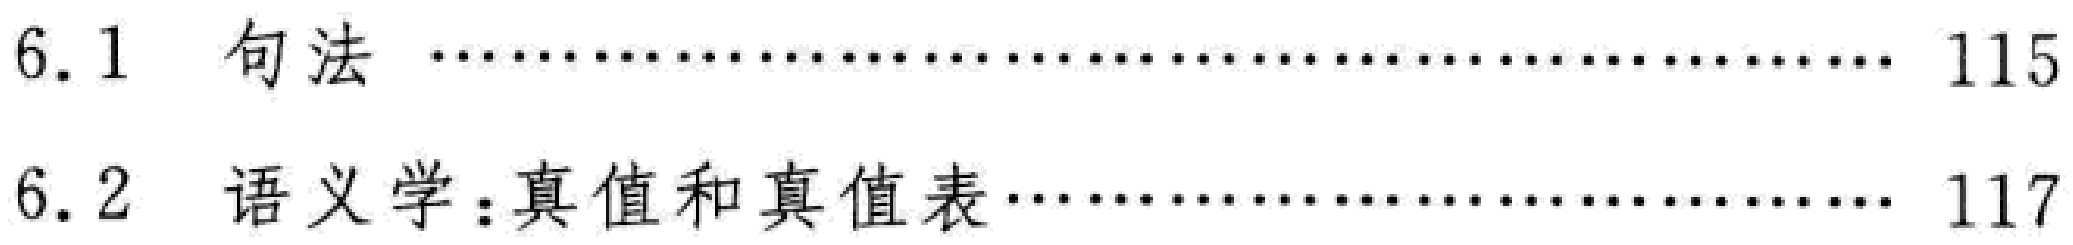
6.1 句法 \dotfill 115

6.2 语义学：真值和真值表 \dotfill 117